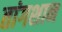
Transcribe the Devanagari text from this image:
तांगशान